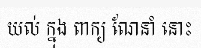
យល់ ក្នុង ពាក្យ ណែនាំ នោះ